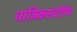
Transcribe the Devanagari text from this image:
यांत्रिकसंदीप्ति